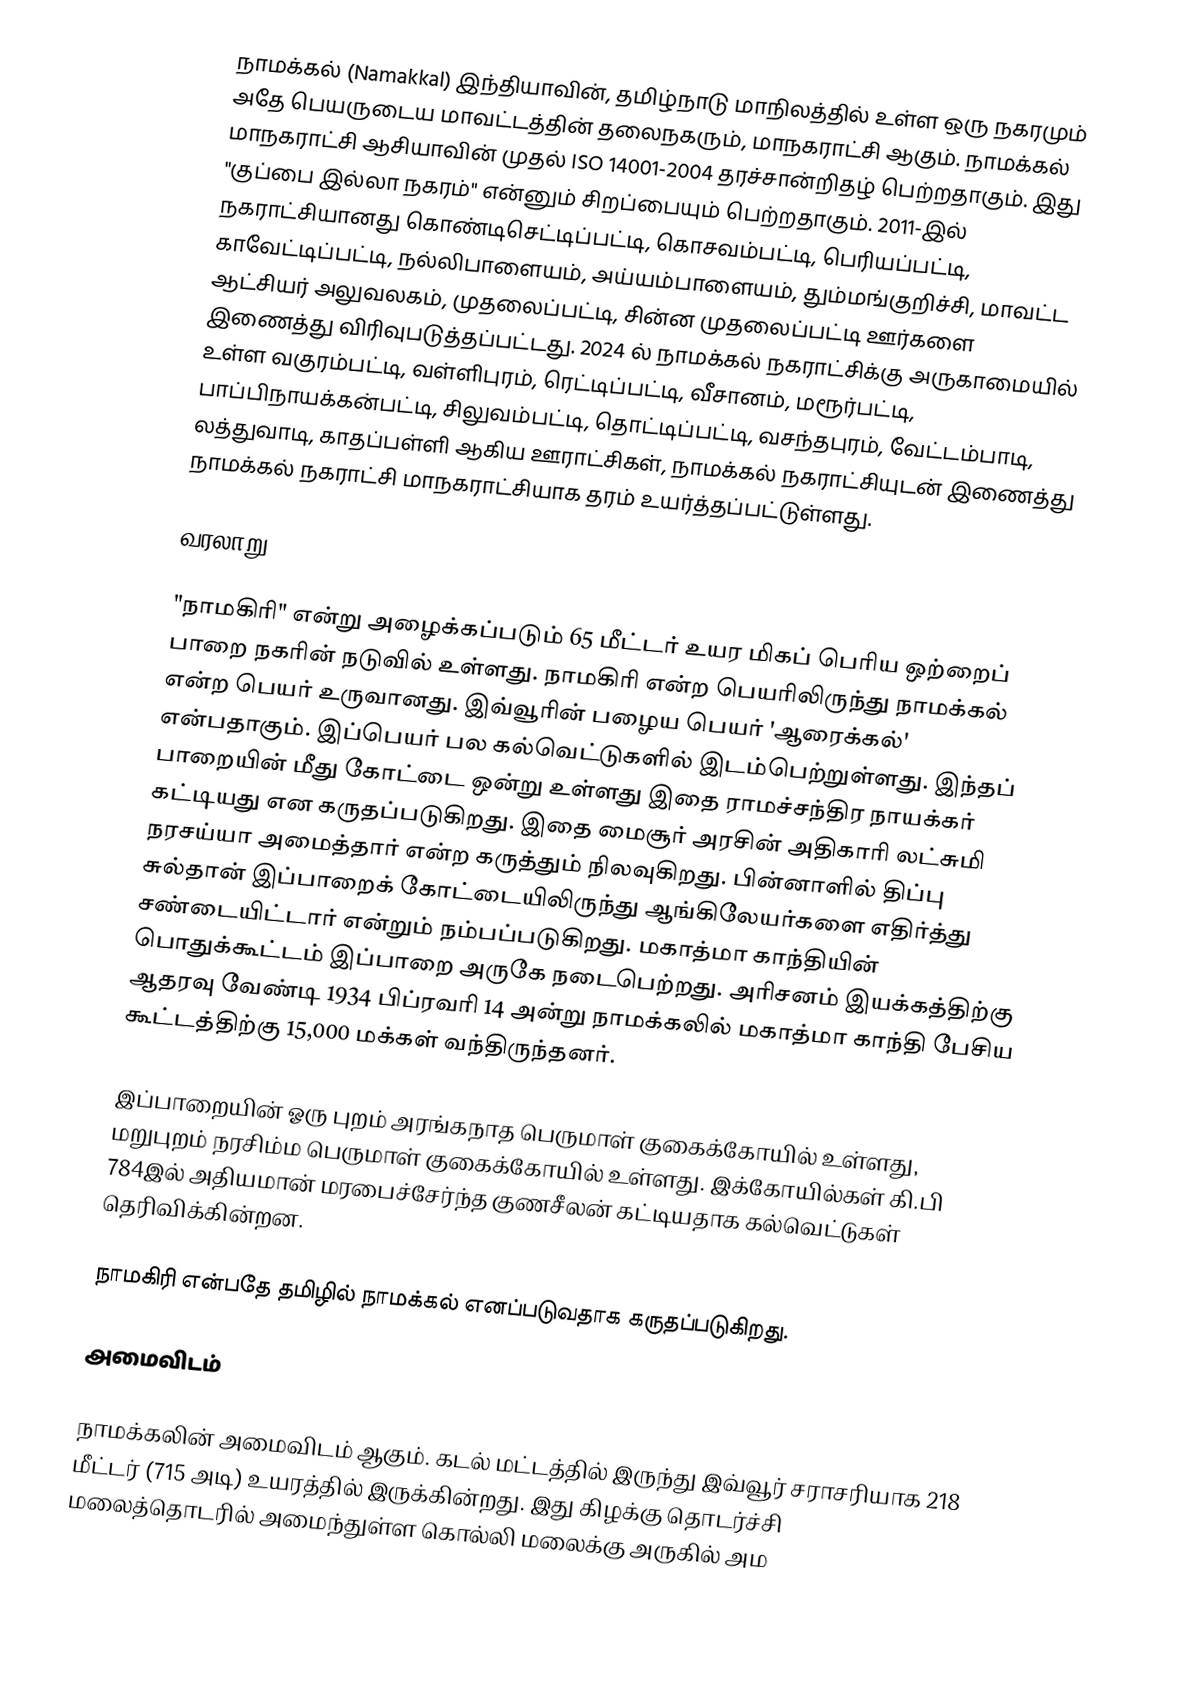
நாமக்கல் (Namakkal) இந்தியாவின், தமிழ்நாடு மாநிலத்தில் உள்ள ஒரு நகரமும் அதே பெயருடைய மாவட்டத்தின் தலைநகரும்,  மாநகராட்சி ஆகும். நாமக்கல் மாநகராட்சி ஆசியாவின் முதல் ISO 14001-2004 தரச்சான்றிதழ் பெற்றதாகும். இது "குப்பை இல்லா நகரம்" என்னும் சிறப்பையும் பெற்றதாகும். 2011-இல் நகராட்சியானது கொண்டிசெட்டிப்பட்டி, கொசவம்பட்டி, பெரியப்பட்டி, காவேட்டிப்பட்டி, நல்லிபாளையம், அய்யம்பாளையம், தும்மங்குறிச்சி, மாவட்ட ஆட்சியர் அலுவலகம், முதலைப்பட்டி, சின்ன முதலைப்பட்டி ஊர்களை இணைத்து விரிவுபடுத்தப்பட்டது. 2024 ல் நாமக்கல் நகராட்சிக்கு அருகாமையில் உள்ள வகுரம்பட்டி, வள்ளிபுரம், ரெட்டிப்பட்டி, வீசானம், மரூர்பட்டி, பாப்பிநாயக்கன்பட்டி, சிலுவம்பட்டி, தொட்டிப்பட்டி, வசந்தபுரம், வேட்டம்பாடி, லத்துவாடி, காதப்பள்ளி ஆகிய ஊராட்சிகள், நாமக்கல் நகராட்சியுடன் இணைத்து நாமக்கல் நகராட்சி மாநகராட்சியாக தரம் உயர்த்தப்பட்டுள்ளது.

வரலாறு

"நாமகிரி" என்று அழைக்கப்படும் 65 மீட்டர் உயர மிகப் பெரிய ஒற்றைப் பாறை நகரின் நடுவில் உள்ளது. நாமகிரி என்ற பெயரிலிருந்து நாமக்கல் என்ற பெயர் உருவானது. இவ்வூரின் பழைய பெயர் 'ஆரைக்கல்' என்பதாகும். இப்பெயர் பல கல்வெட்டுகளில் இடம்பெற்றுள்ளது. இந்தப் பாறையின் மீது கோட்டை ஒன்று உள்ளது இதை ராமச்சந்திர நாயக்கர் கட்டியது என கருதப்படுகிறது. இதை மைசூர் அரசின் அதிகாரி லட்சுமி நரசய்யா அமைத்தார் என்ற கருத்தும் நிலவுகிறது. பின்னாளில் திப்பு சுல்தான் இப்பாறைக் கோட்டையிலிருந்து ஆங்கிலேயர்களை எதிர்த்து சண்டையிட்டார் என்றும் நம்பப்படுகிறது. மகாத்மா காந்தியின் பொதுக்கூட்டம் இப்பாறை அருகே நடைபெற்றது. அரிசனம் இயக்கத்திற்கு ஆதரவு வேண்டி 1934 பிப்ரவரி 14 அன்று நாமக்கலில் மகாத்மா காந்தி பேசிய கூட்டத்திற்கு 15,000 மக்கள் வந்திருந்தனர்.

இப்பாறையின் ஓரு புறம் அரங்கநாத பெருமாள் குகைக்கோயில் உள்ளது, மறுபுறம் நரசிம்ம பெருமாள் குகைக்கோயில் உள்ளது. இக்கோயில்கள் கி.பி 784இல் அதியமான் மரபைச்சேர்ந்த குணசீலன் கட்டியதாக கல்வெட்டுகள் தெரிவிக்கின்றன.

நாமகிரி என்பதே தமிழில் நாமக்கல் எனப்படுவதாக கருதப்படுகிறது.

அமைவிடம்

நாமக்கலின் அமைவிடம்  ஆகும். கடல் மட்டத்தில் இருந்து இவ்வூர் சராசரியாக 218 மீட்டர் (715 அடி) உயரத்தில் இருக்கின்றது. இது கிழக்கு தொடர்ச்சி மலைத்தொடரில் அமைந்துள்ள கொல்லி மலைக்கு அருகில் அம